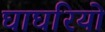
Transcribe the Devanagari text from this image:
घाघरियो